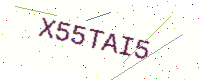
Text: X55TAI5